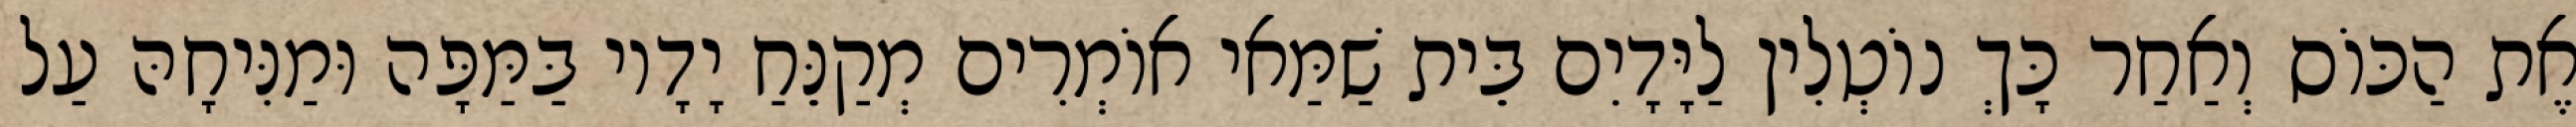
אֶת הַכּוֹס וְאַחַר כָּךְ נוֹטְלִין לַיָּדָיִם בֵּית שַׁמַּאי אוֹמְרִים מְקַנֵּחַ יָדָיו בַּמַּפָּה וּמַנִּיחָהּ עַל